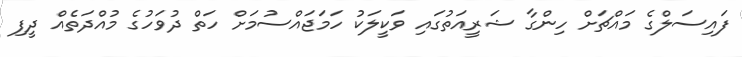
ފައިސަލްގެ މައްޗަށް ހިންގާ ޝަރީއަތުގައި ވަކީލަކު ހަމަޖައްސުމަށް ހަތް ދުވަހުގެ މުއްދަތެއް ދީފި